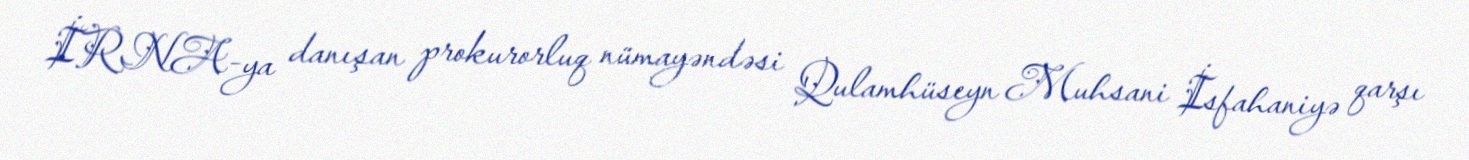
İRNA-ya danışan prokurorluq nümayəndəsi Qulamhüseyn Muhsani İsfahaniyə qarşı